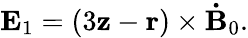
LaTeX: \begin{array}{r}{\mathbf{E}_{1}=(3\mathbf{z}-\mathbf{r})\times\mathbf{\dot{B}}_{0}.}\end{array}